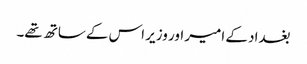
بغداد کے امیر اور وزیر اس کے ساتھ تھے۔